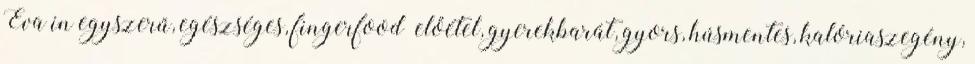
Éva in egyszerű, egészséges, fingerfood előétel, gyerekbarát, gyors, húsmentes, kalóriaszegény,